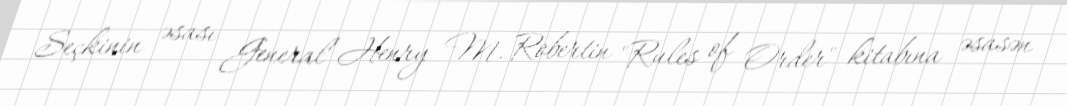
Seçkinin əsası General Henry M. Robertin "Rules of Order" kitabına əsasən